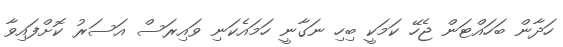
ހަދާން ބަހައްޓަން ޖެހޭ ކަމަކީ ބިހި ނަގާނީ ހަމައެކަނި ވައިރަސް އަސަރު ކޮށްފައިވާ